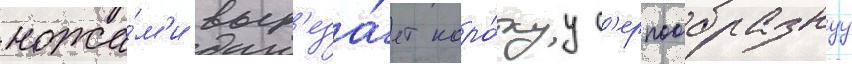
ножа́м'и выр'еза́ет коро́ткуу с'ерпообразнуу